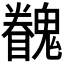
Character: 𩴖